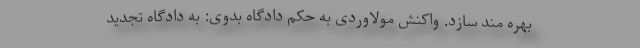
بهره مند سازد. واکنش مولاوردی به حکم دادگاه بدوی: به دادگاه تجدید